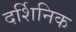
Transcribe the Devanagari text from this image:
दर्शिनिक